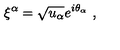
\xi ^ { \alpha } = \sqrt { u _ { \alpha } } e ^ { i \theta _ { \alpha } } \ ,